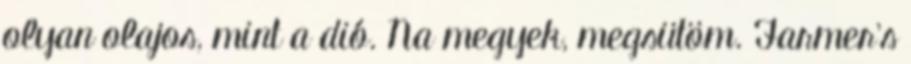
olyan olajos, mint a dió. Na megyek, megsütöm. Farmer's